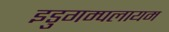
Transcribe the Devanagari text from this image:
इडुगम्पलायम